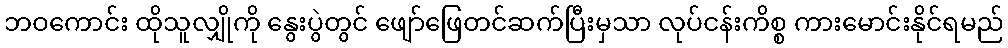
ဘဝကောင်း ထိုသူလျှိုကို နွေးပွဲတွင် ဖျော်ဖြေတင်ဆက်ပြီးမှသာ လုပ်ငန်းကိစ္စ ကားမောင်းနိုင်ရမည်